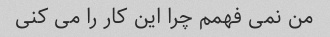
من نمی فهمم چرا این کار را می کنی